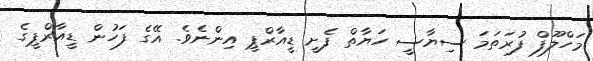
މަހްލޫފް ފުރަތަމަ ސިޔާސީ ހަޔާތް ފެށީ ޑީއާރްޕީ އިންނެވެ. އޭގެ ފަހުން ޑީއާރްޕީގެ